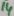
Text: 14